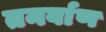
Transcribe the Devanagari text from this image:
तनर्वाण